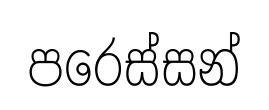
පරෙස්සන්